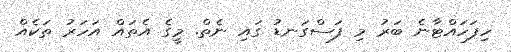
ހިފަހައްޓާނެ ބަރު މި ފަސްގަނޑު ގައި ނެތް. މީގެ އެތައް އަހަރު ތަކެއް